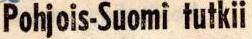
Pohjois-Suomi tutkii